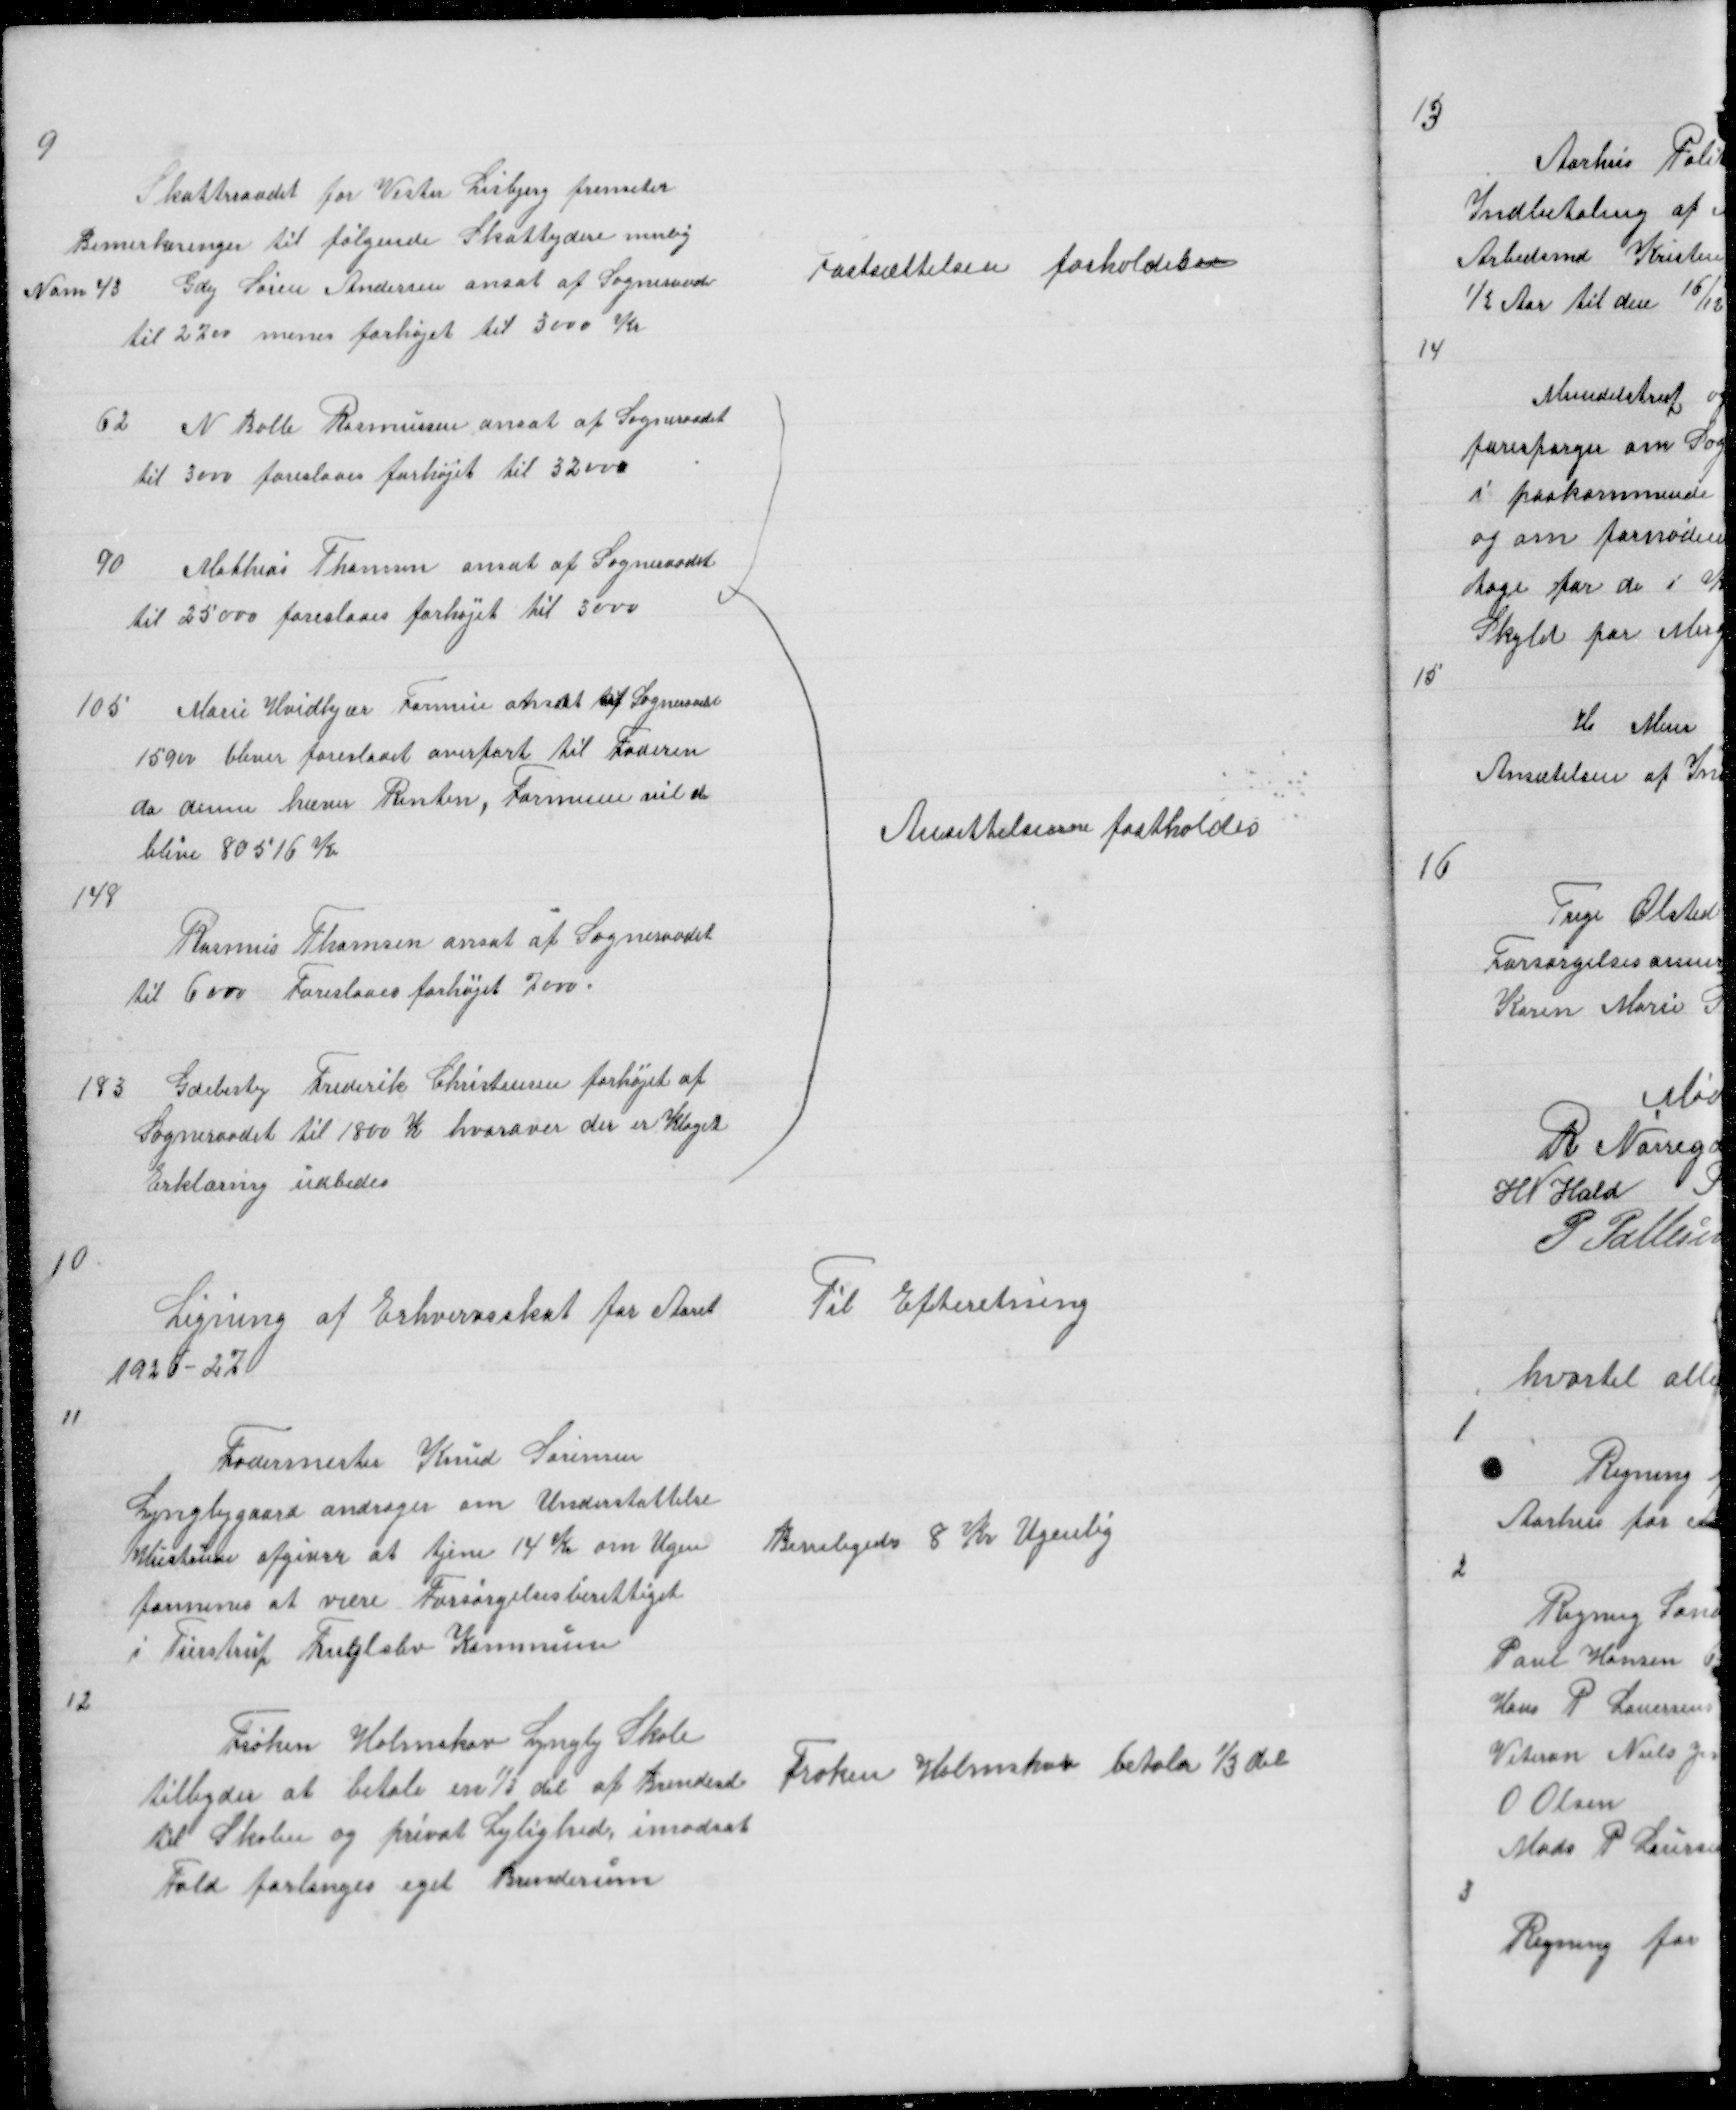
Transskription:
9
Skatteraadet for Vester Lisbjerg fremseter
Bemerkninger til følgende Skatteydere nemlig
Nom 43 Gdej Søren Andersen ansat af Sogneraadet
til 2700 menes forhøjet til 3000 Kr

Fastsættelsen fasholdes

62
N Balle Rasmussen ansat af Sogneraadet
til 3000 foreslaaes forhøjet til 32000
90
Mathias Thomsen ansat af Sogneraadet
til 25000 foreslaaes forhøjet til 3000
105
Marie Hvidkjær Formue ansat af Sogneraadet
15900 bliver foreslaaet overført til Faderen
da denne hæver Renter, Formuen vil da
blive 80516 Kr
148
Rasmus Thomsen ansat af Sogneraadet
til 6000 Foreslaaes forhøjet 7000.
183
Gdebesty Frederik Christensen forhøjet af
Sogneraadet til 1800 K hvorover der er Klaget
Erklæring udbedes
 {

Ansættelserne fastholdes

10

Ligning af Erhvervsskat for Aaret
1926 - 27

Til Efterretning

11

Fodermester Knud Sørensen
Lyngbygaard andrager om Understøttelse
Hustruen opgiver at tjene 14 Kr om Ugen
formenes at være Forsørgelsesberettiget
i Tirstup Fuglslev Kommune

Beviligedes 8 Kr Ugenlig

12

Frøken Holmskov Lyngby Skole
tilbyder at betale 1/3 del af Brendesel
til Skolen og privat Lejlighed, imodsat
Fald forlanges eget Brenderum

Frøken Holmskov betaler 1/3 del